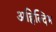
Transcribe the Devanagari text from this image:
अहिल्दिभ